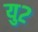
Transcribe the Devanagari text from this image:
यु२